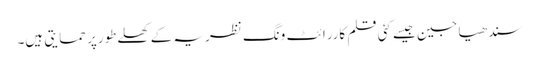
سندھیا جین جیسے کئی قلم کاررائٹ ونگ نظریہ کے کھلےطورپر حمایتی ہیں۔